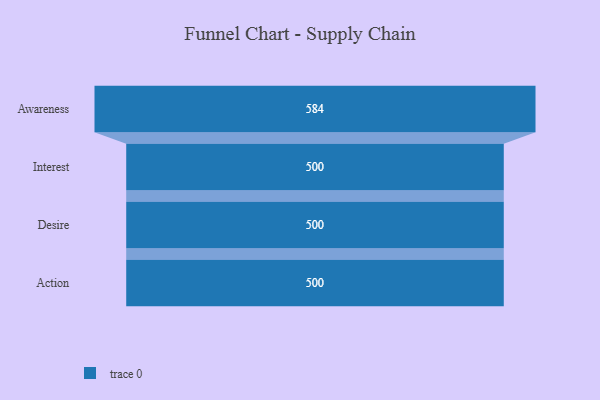
{"axis": {"x": "Stage", "y": "Value"}, "legend": [""], "data": [{"x": "Awareness", "y": 584.0, "type": ""}, {"x": "Interest", "y": 500, "type": ""}, {"x": "Desire", "y": 500, "type": ""}, {"x": "Action", "y": 500, "type": ""}]}